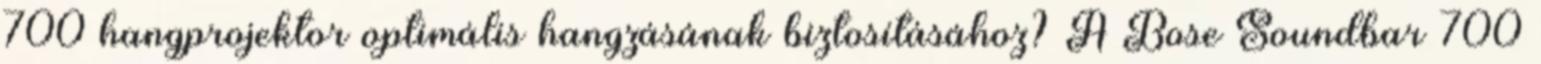
700 hangprojektor optimális hangzásának biztosításához? A Bose Soundbar 700